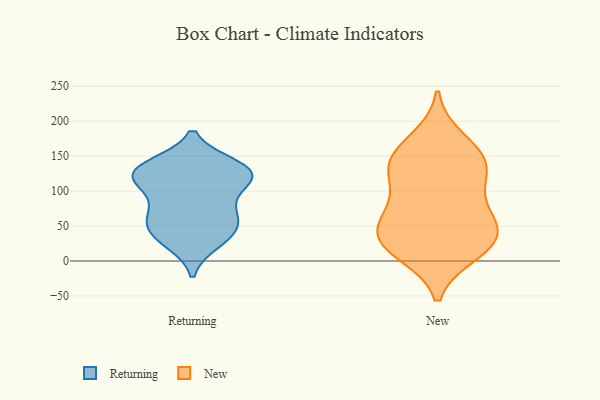
{"axis": {"x": "Headcount", "y": "Value"}, "legend": ["New", "Returning"], "data": [{"x": "", "y": 104, "type": "Returning"}, {"x": "", "y": 122, "type": "Returning"}, {"x": "", "y": 31, "type": "Returning"}, {"x": "", "y": 129, "type": "Returning"}, {"x": "", "y": 113, "type": "Returning"}, {"x": "", "y": 130, "type": "Returning"}, {"x": "", "y": 51, "type": "Returning"}, {"x": "", "y": 72, "type": "Returning"}, {"x": "", "y": 136, "type": "Returning"}, {"x": "", "y": 59, "type": "Returning"}, {"x": "", "y": 128, "type": "Returning"}, {"x": "", "y": 27, "type": "Returning"}, {"x": "", "y": 72, "type": "Returning"}, {"x": "", "y": 44, "type": "Returning"}, {"x": "", "y": 128, "type": "Returning"}, {"x": "", "y": 61, "type": "New"}, {"x": "", "y": 26, "type": "New"}, {"x": "", "y": 147, "type": "New"}, {"x": "", "y": 37, "type": "New"}, {"x": "", "y": 64, "type": "New"}, {"x": "", "y": 119, "type": "New"}, {"x": "", "y": 25, "type": "New"}, {"x": "", "y": 148, "type": "New"}, {"x": "", "y": 71, "type": "New"}, {"x": "", "y": 120, "type": "New"}, {"x": "", "y": 13, "type": "New"}, {"x": "", "y": 139, "type": "New"}, {"x": "", "y": 26, "type": "New"}, {"x": "", "y": 173, "type": "New"}]}